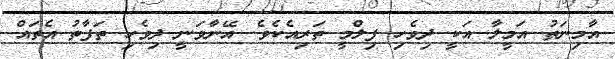
އާމިނަތު އަމީލާ އަކީ ދިވެހި ފިލްމީ ތަރިއެކެވެ. އޭނާވަނީ ދިވެހި ތަފާތު އެތައް